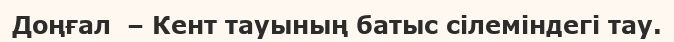
Доңғал  – Кент тауының батыс сілеміндегі тау.